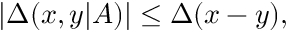
| \Delta ( x , y | A ) | \leq \Delta ( x - y ) ,